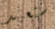
سنعيد